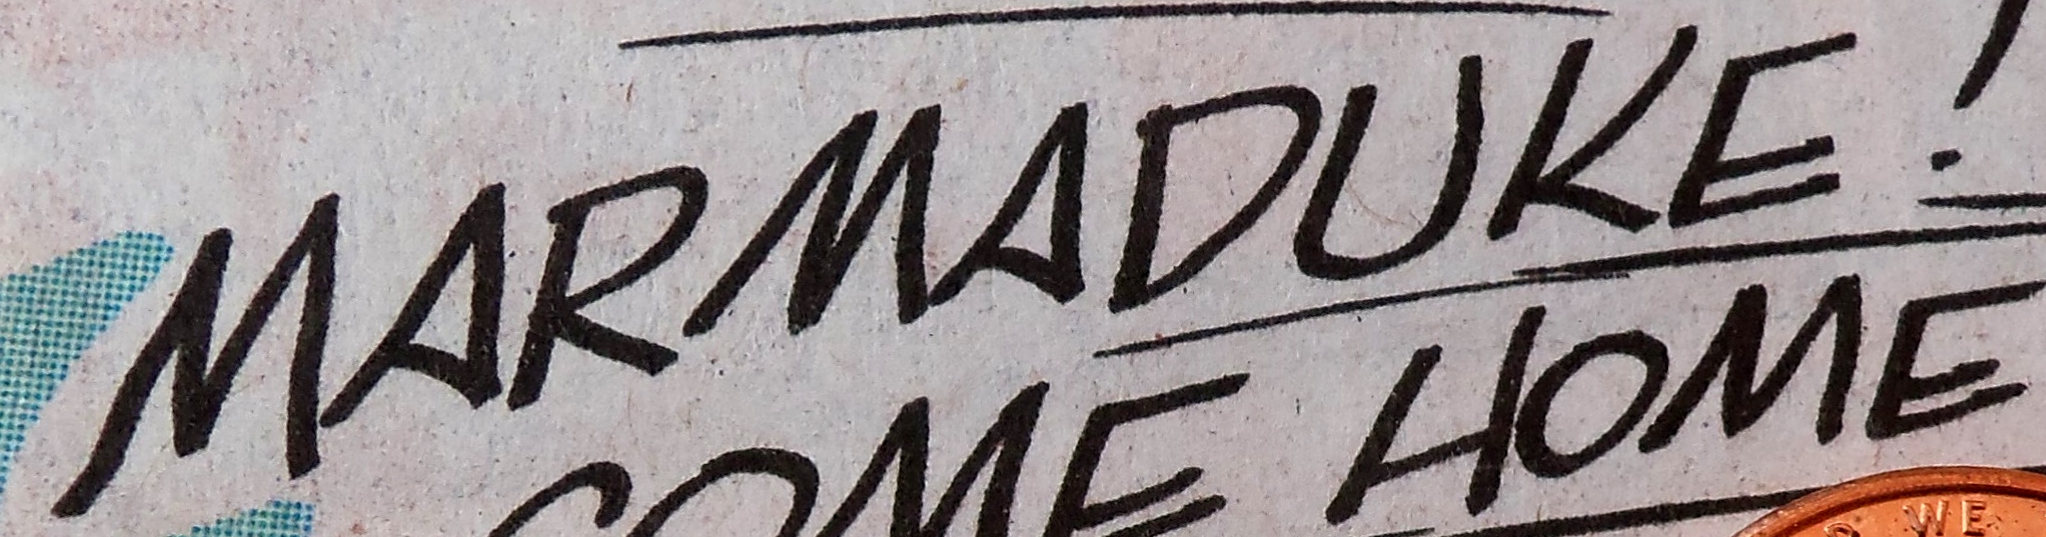
MARMADUKE !